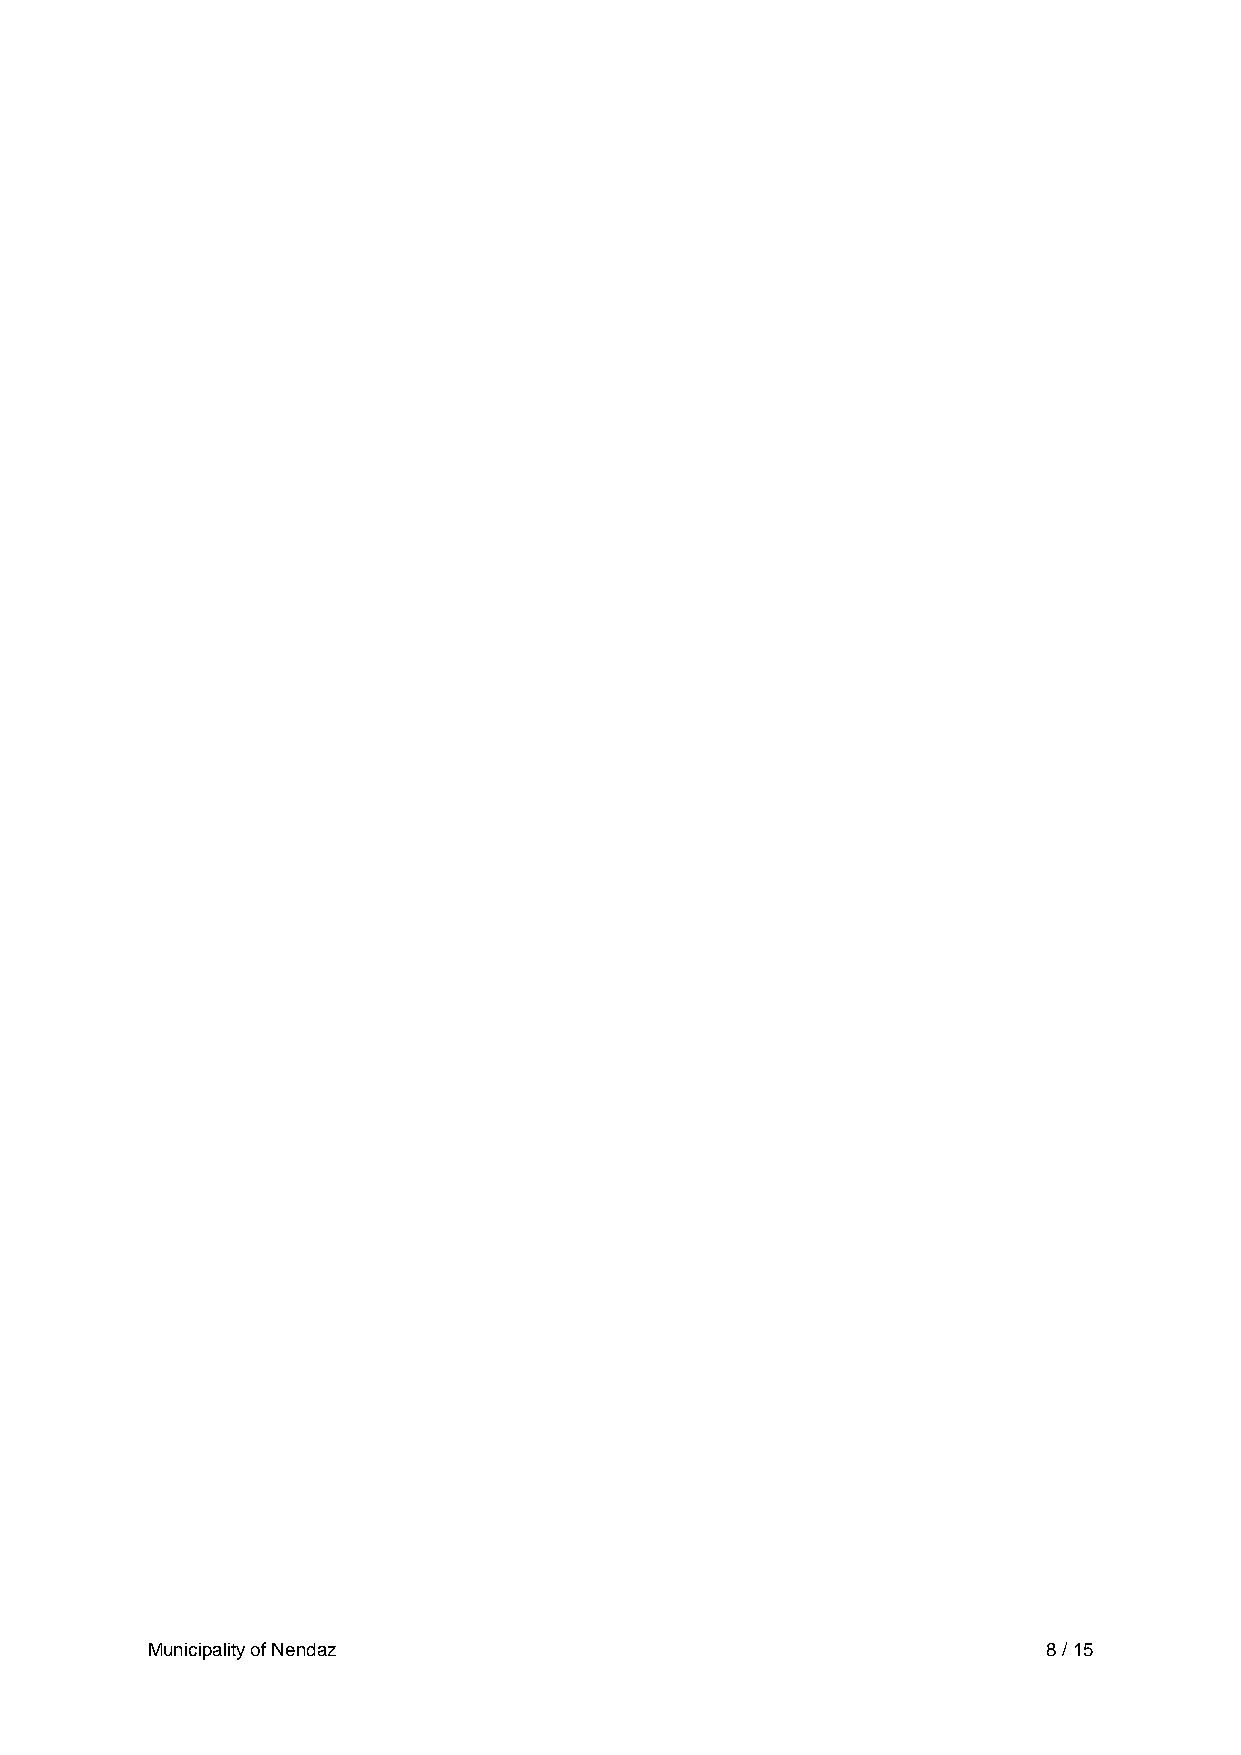
Municipality of Nendaz                                     8 / 15